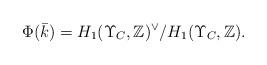
LaTeX: \begin{align*} \Phi(\bar{k})=H_1(\Upsilon_C,\mathbb{Z})^\vee/H_1(\Upsilon_C,\mathbb{Z}).\end{align*}